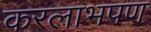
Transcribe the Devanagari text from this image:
करलाभपण